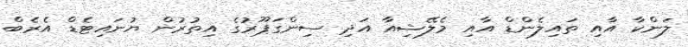
ލަންކާ އާއި ތައިލެންޑް އާއި މެލޭޝިއާ އަދި ސިންގަޕޫރުގެ އިތުރުން ޔުނައިޓެޑް އެރެބް